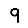
Digit: 9